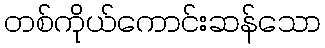
တစ်ကိုယ်ကောင်းဆန်သော